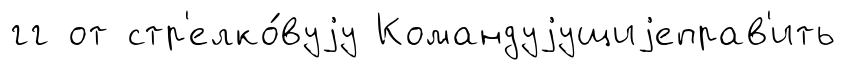
гг от стр'елко́вуjу Командуjущиjеправ'ить